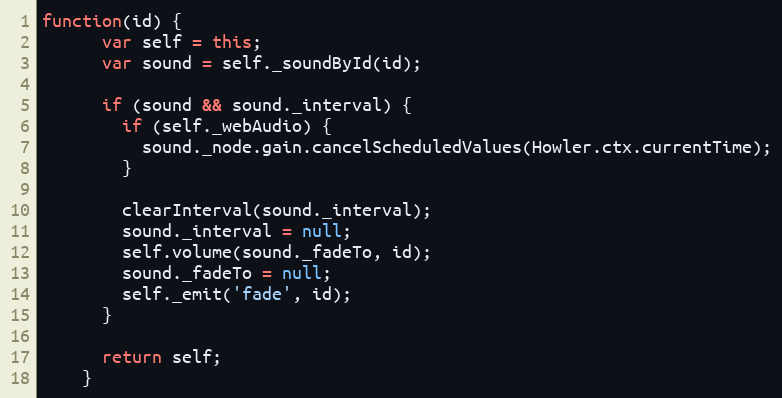
Language: JavaScript
function(id) {
      var self = this;
      var sound = self._soundById(id);

      if (sound && sound._interval) {
        if (self._webAudio) {
          sound._node.gain.cancelScheduledValues(Howler.ctx.currentTime);
        }

        clearInterval(sound._interval);
        sound._interval = null;
        self.volume(sound._fadeTo, id);
        sound._fadeTo = null;
        self._emit('fade', id);
      }

      return self;
    }